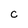
Character: C